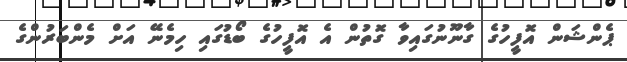
ޕެންޝަން އޮފީހުގެ ގާނޫނުގައިވާ ގޮތުން އެ އޮފީހުގެ ބޯޑުގައި ހިމެނޭ އަށް މެންބަރުންގެ